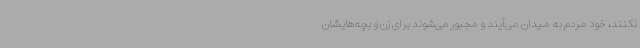
نکنند، خود مردم به میدان می‌آیند و مجبور می‌شوند برای زن و بچه‌هایشان